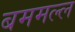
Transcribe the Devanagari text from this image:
बममल्ल